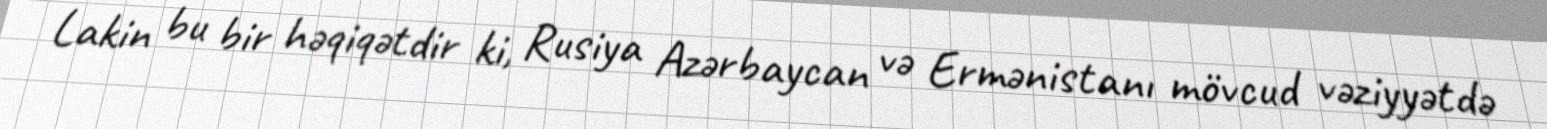
Lakin bu bir həqiqətdir ki, Rusiya Azərbaycan və Ermənistanı mövcud vəziyyətdə